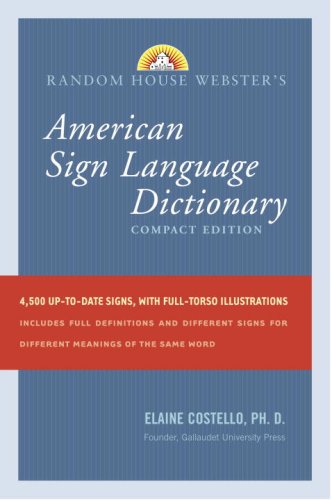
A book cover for Random House Webster's Compact American Sign Language Dictionary; Elaine Costello Ph.D.; Reference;